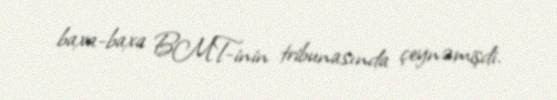
baxa-baxa BMT-inin tribunasında çeynəmişdi.